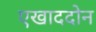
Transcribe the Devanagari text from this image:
एखाददोन